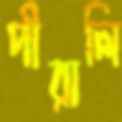
পীরালি